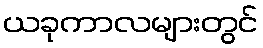
ယခုကာလများတွင်